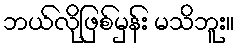
ဘယ်လိုဖြစ်မှန်း မသိဘူး။